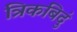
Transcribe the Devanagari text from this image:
त्रिकबिदुं